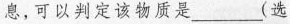
息，可以判定该物质是___(选